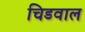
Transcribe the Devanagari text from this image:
चिडवाल